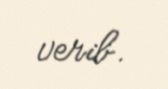
verib.